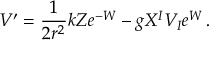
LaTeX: V ^ { \prime } = \frac { 1 } { 2 r ^ { 2 } } k Z e ^ { - W } - g X ^ { I } V _ { I } e ^ { W } \, .